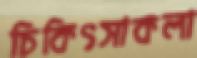
চিকিৎসাকলা